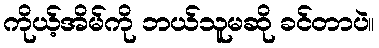
ကိုယ့်အိမ်ကို ဘယ်သူမဆို ခင်တာပဲ။